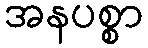
အနပစ္စာ